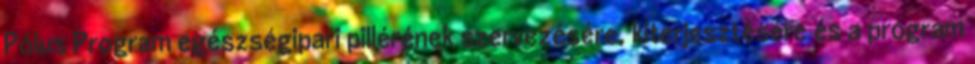
Pólus Program egészségipari pillérének szervezésére, kiterjesztésére és a program